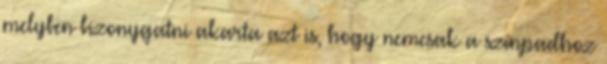
melyben bizonygatni akarta azt is, hogy nemcsak a színpadhoz